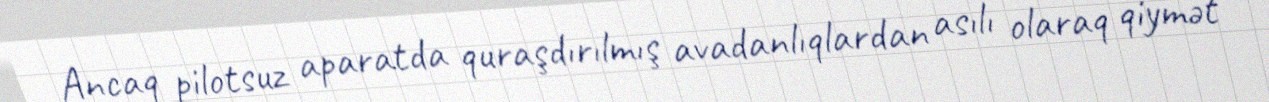
Ancaq pilotsuz aparatda quraşdırılmış avadanlıqlardan asılı olaraq qiymət